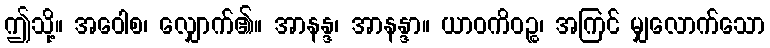
ဤသို့။ အဝေါစ၊ လျှောက်၏။ အာနန္ဒ၊ အာနန္ဒာ။ ယာဝကိဝဉ္စ၊ အကြင် မျှလောက်သော